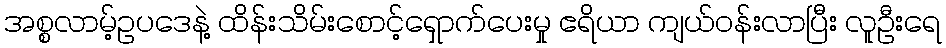
အစ္စလာမ့်ဥပဒေနဲ့ ထိန်းသိမ်းစောင့်ရှောက်ပေးမှု ဧရိယာ ကျယ်ဝန်းလာပြီး လူဦးရေ